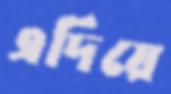
এদিয়ে